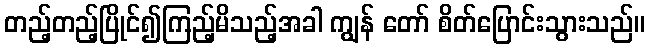
တည့်တည့်ပြိုင်၍ကြည့်မိသည့်အခါ ကျွန် တော် စိတ်ပြောင်းသွားသည်။